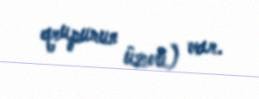
qrupunun üzvü) var.